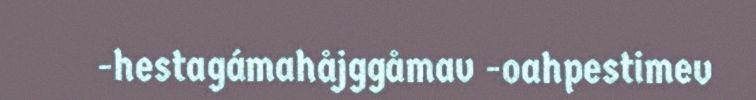
-hestagámahåjggåmav -oahpestimev